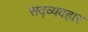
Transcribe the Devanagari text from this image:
सद्‍व्यवहार